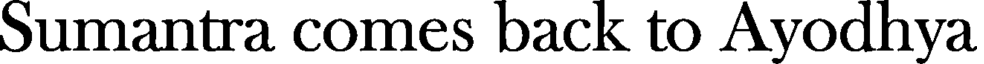
Sumantra comes back to Ayodhya